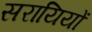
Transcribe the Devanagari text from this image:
सरायियों